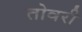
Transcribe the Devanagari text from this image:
तोवरी